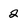
Character: 2